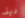
ديف